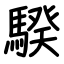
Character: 騤